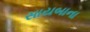
સાયબાના